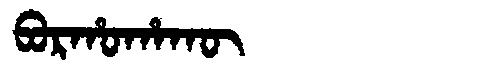
Manchu: ᠪᠣᡵᡥᠣᡥᠠᡴᡡ
Romanization: BORHOHAKŪ